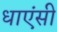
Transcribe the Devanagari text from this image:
धाएंसी